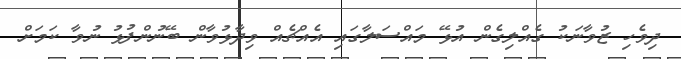
ދިވެހި ޒުވާނަކު ގެއްލިގެން އުޅޭ މައްސަލާގައި އެއްޗެއް ވިދާޅުވާން ބޭނުންފުޅު ނުވާ ކަމަށް